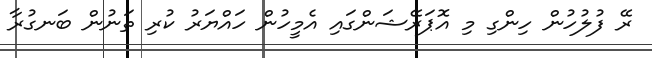
ރޭ ފުލުހުން ހިންގި މި އޮޕަރޭޝަންގައި އެމީހުން ހައްޔަރު ކުރި ތަނުން ބަނގުރާ